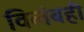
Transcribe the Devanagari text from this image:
विलंबही